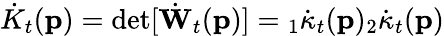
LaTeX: \dot{K}_{t}(\mathbf{p})=\operatorname*{det}[\dot{\mathbf{W}}_{t}(\mathbf{p})]={}_{1}\dot{\kappa}_{t}(\mathbf{p}){}_{2}\dot{\kappa}_{t}(\mathbf{p})